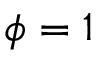
\phi = 1